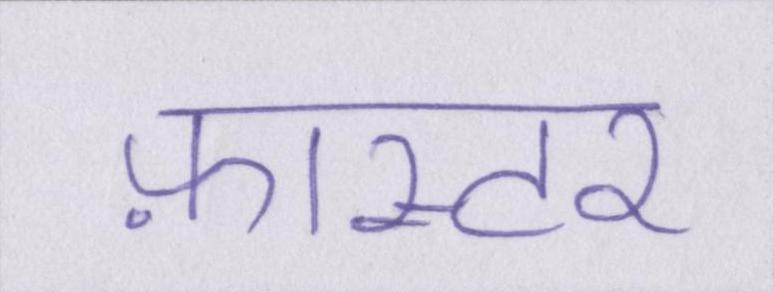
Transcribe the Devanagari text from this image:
फ़ास्टर